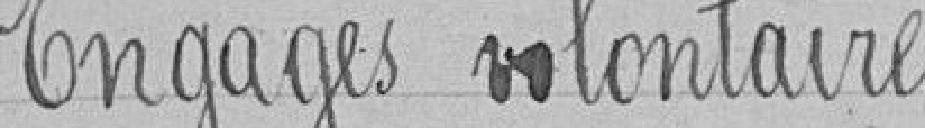
Engagés volontaires